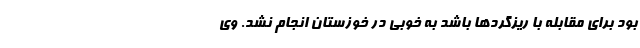
بود برای مقابله با ریزگردها باشد به خوبی در خوزستان انجام نشد. وی